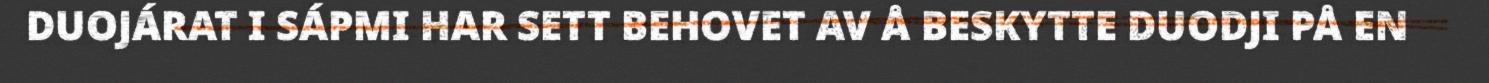
DUOJÁRAT I SÁPMI HAR SETT BEHOVET AV Å BESKYTTE DUODJI PÅ EN